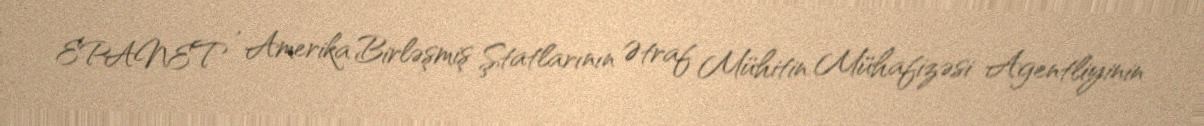
EPANET , Amerika Birləşmiş Ştatlarının Ətraf Mühitin Mühafizəsi Agentliyinin